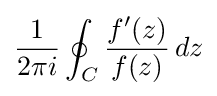
{1 \over 2\pi i}\oint _{C}{f'(z) \over f(z)}\,dz